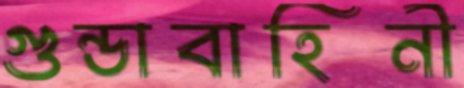
গুন্ডাবাহিনী